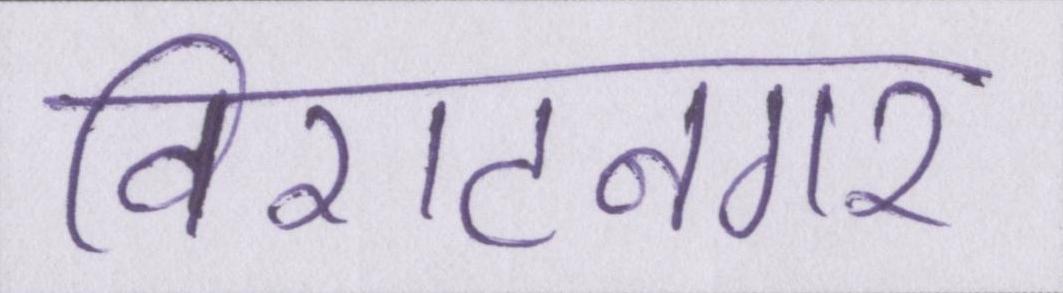
विराटनगर